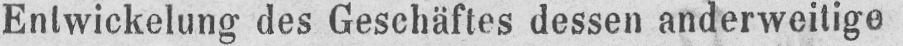
Entwickelung des Geschäftes dessen anderweitige